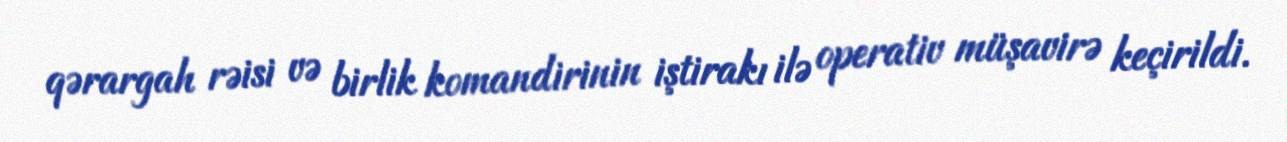
qərargah rəisi və birlik komandirinin iştirakı ilə operativ müşavirə keçirildi.